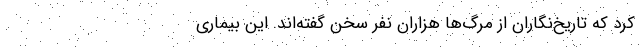
کرد که تاریخ‌نگاران از مرگ‌ها هزاران نفر سخن گفته‌اند. این بیماری